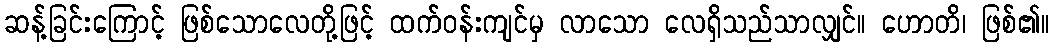
ဆန့်ခြင်းကြောင့် ဖြစ်သောလေတို့ဖြင့် ထက်ဝန်းကျင်မှ လာသော လေရှိသည်သာလျှင်။ ဟောတိ၊ ဖြစ်၏။